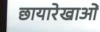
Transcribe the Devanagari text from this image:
छायारेखाओं